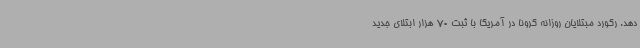
دهد. رکورد مبتلایان روزانه کرونا در آمریکا با ثبت 70 هزار ابتلای جدید